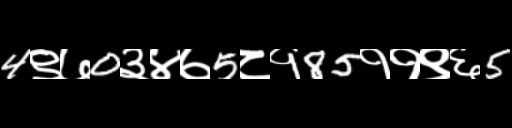
Text: 4९७0३४७5८१85११९६5